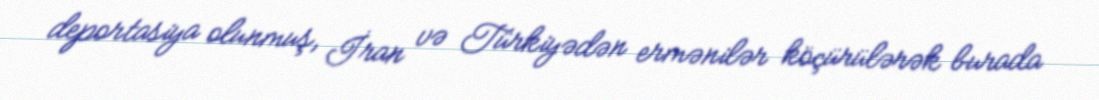
deportasiya olunmuş, İran və Türkiyədən ermənilər köçürülərək burada